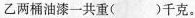
乙两桶油漆一共重()千克。